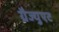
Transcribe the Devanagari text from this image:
ग्रैज्युएट